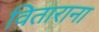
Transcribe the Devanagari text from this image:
विताराना